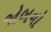
જોબનો